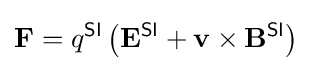
\mathbf {F} =q^{\textsf {SI}}\left(\mathbf {E} ^{\textsf {SI}}+\mathbf {v} \times \mathbf {B} ^{\textsf {SI}}\right)